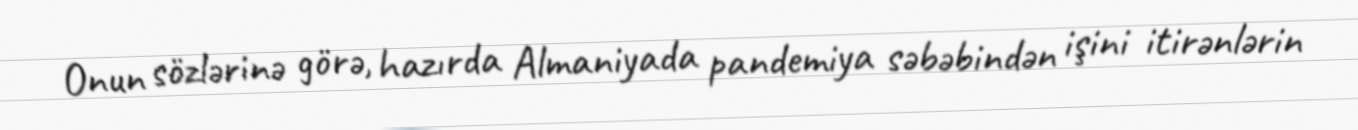
Onun sözlərinə görə, hazırda Almaniyada pandemiya səbəbindən işini itirənlərin